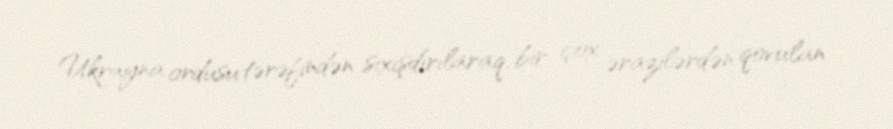
Ukrayna ordusu tərəfindən sıxışdırılaraq, bir çox ərazilərdən qovulan